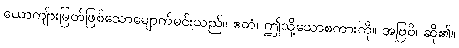
ယောကျ်ားမြတ်ဖြစ်သောမျောက်မင်းသည်။ ဧတံ၊ ဤသို့သောစကားကို။ အဗြဝိ၊ ဆို၏။